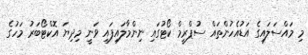
މި މައްސަލައިގެ އަޑުއެހުންތައް ސުޕްރީމް ކޯޓުގައި ނިންމާލައިފައި ވަނީ މިދިޔަ އޮކްޓޯބަރު މަހުގެ